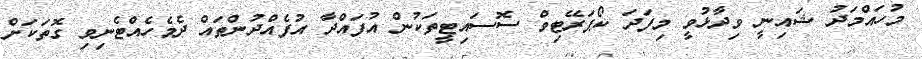
މުހައްމަދު ޝައިނީ ވިދާޅުވީ މިފަދަ ކޯޕަރޭޓިވް ސޮސައިޓީތަކުން އުފައްދާ އުފެއްދުންތައް ދެމެހެއްޓެނިވި ގޮތަކަށް